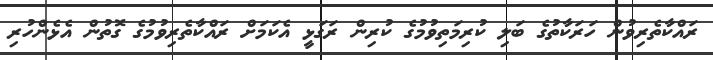
ރައްކާތެރިވުން ހަރަކާތުގެ ބަލި ކުރިމަތިވުމުގެ ކުރިން ރަގަޅީ އެކަމަށް ރައްކާތެރިވުމުގެ ގޮތުން އެޅެންހުރި